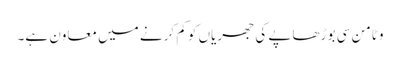
وٹامن سی بوڑھاپے کی جھریاں کو کم کرنے میں معاون ہے۔